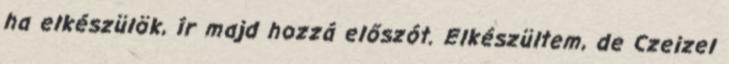
ha elkészülök, ír majd hozzá előszót. Elkészültem, de Czeizel